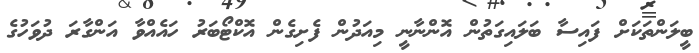
ބީލަންތަކަށް ފައިސާ ބަލައިގަތުން އޮންނާނީ މިއަދުން ފެށިގެން އޮކްޓޯބަރު ހައެއްވާ އަންގާރަ ދުވަހުގެ